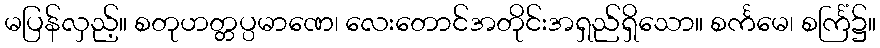
မပြန်လှည့်။ စတုဟတ္တပ္ပမာဏေ၊ လေးတောင်အတိုင်းအရှည်ရှိသော။ စင်္ကမေ၊ စင်္ကြံ၌။